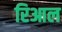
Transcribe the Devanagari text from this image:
रिआल